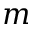
m